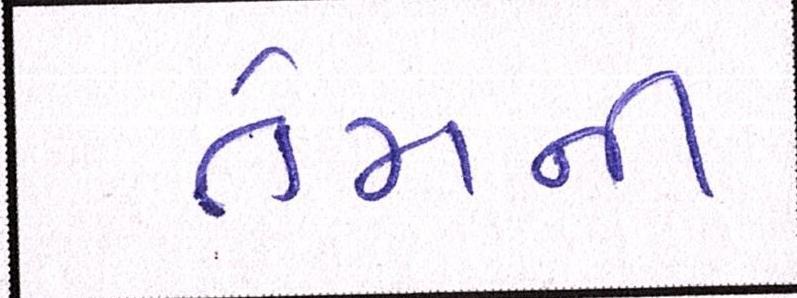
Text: તેમની